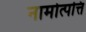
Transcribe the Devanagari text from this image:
नामोत्पत्ति